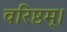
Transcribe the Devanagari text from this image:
वरिष्ठम्‌।